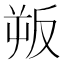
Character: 𭆯